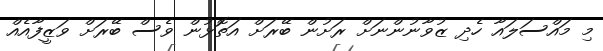
މި މައްސަލައާ ހެދި ޒުވާނުންނަށް ރަށުން ބޭރަށް އަތޮޅުން ވެސް ބޭރަށް ވަޒީފާއެއް